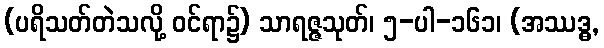
(ပရိသတ်တဲသလို့ ဝင်ရာ၌) သာရဇ္ဇသုတ်၊ ၅-ပါ-၁၆၁၊ (အဿဒ္ဓ,